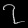
Digit: ၇